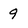
Character: 9